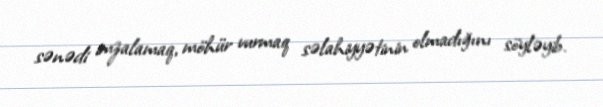
sənədi imzalamaq, möhür vurmaq səlahiyyətinin olmadığını söyləyib.